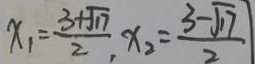
x _ { 1 } = \frac { 3 + \sqrt { 1 7 } } { 2 } , x _ { 2 } = \frac { 3 - \sqrt { 1 7 } } { 2 }